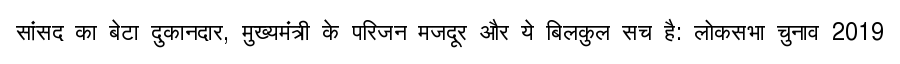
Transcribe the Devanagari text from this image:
सांसद का बेटा दुकानदार, मुख्यमंत्री के परिजन मजदूर और ये बिलकुल सच है: लोकसभा चुनाव 2019